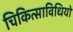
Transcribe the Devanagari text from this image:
चिकित्साविधियों